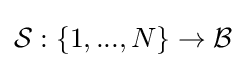
{\mathcal {S}}:\{1,...,N\}\rightarrow {\mathcal {B}}